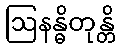
ဩနန္ဓိတုန္တိ